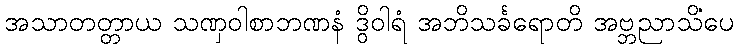
အသာတတ္တာယ သဏှဝါစာဘဏနံ ဒွိဝါရံ အဘိသင်္ခရောတိ အဗ္ဘညာသိံပေ